Annual report of the Madras Medical College
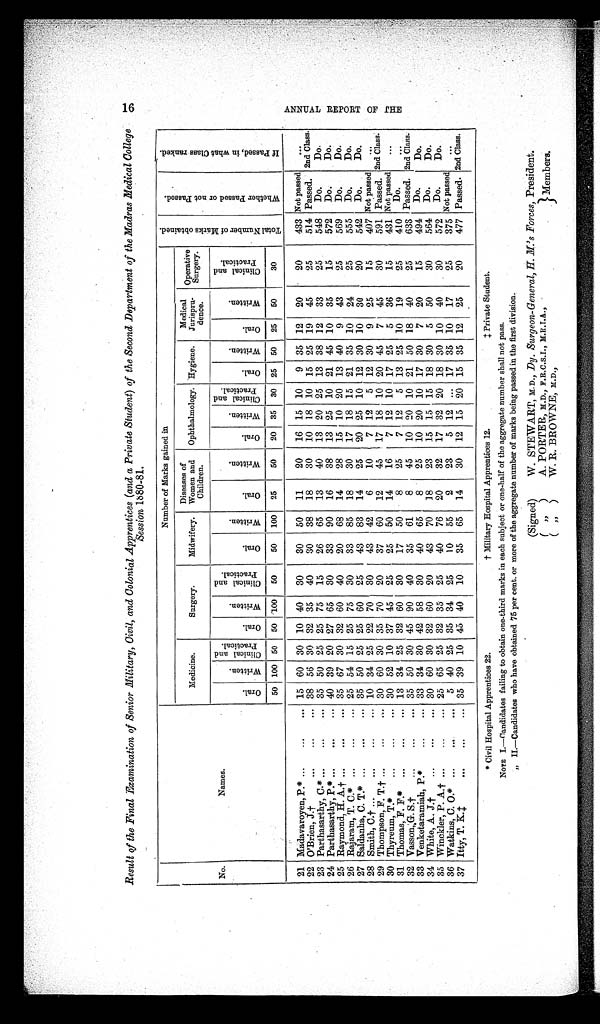
16
A N N U A L R E P O R T O F T H E
Result of the Final Examination of Senior Military, Civil, and Colonial Apprentices (and a Private Student) of the Second Department of the Madras Medical College
Session 1880-81.
Number of Marks gained in
T o t a l N u m b e r o f M a r k s o b t a i n e d .
Wh e t h e r P a s s e d o r n o t P a s s e d .
I f P a s s e d , i n w h a t C l a s s r a n k e d .
Medicine.
Surgery.
Midwifery.
Diseases of
Women and
Children.
Ophthalmology. Hygiene.
Medical
Jurispru-
dence.
Operative Surgery.
No.
Names.
Or al .
Wr i t t e n .
C l i n i c a l a n d P r a c t i c a l .
Oral.
Wr i t t e n .
C l i n i c a l a n d P r a c t i c a l .
Oral.
Wr i t t e n.
Oral.
Wr i t t e n.
Oral.
Wr i t t e n.
C l i n i c a l a n d P r a c t i c a l .
Oral.
Wr i t t e n.
Oral.
Wr i t t e n.
C l i n i c a l a n d P r a c t i c a l .
50 100 50 50 100 50
50 100 25
50
20 35 30 25 50 25
50
30
21 Madavaroyen, P.* ...
...
... 15 60 30 10 40
30
30
50
11
20
16 15 10
9 35 12
20
20
433 Not passed
. . .
22 O'Brien, J.†
...
...
... 38 56 30 32 35
40
30
38
18
30
10 18 10 15 25 19 45
25
514 Passed. 2nd Class.
23 Parthasarthy, C.* ...
...
... 35 50 25 25 75
15
26
65
13
40
13 20 25 13 38 12
33
25
548 Do.
Do.
24 Parthasarthy, P.* ...
...
... 40 39 20 27 65
30
33
90
16
38 13 25 10 21 45 10
35
15
572
Do.
Do.
25 Raymond, H. A.† ...
...
... 35 67 30 32 60
40
20
68
14
28
15 10 20 13 40
9 43
25
569
Do.
Do.
26 Rajaram, T. C.* ...
...
... 25 54 15 25 75
30
33
85
18
30
17 18 15 21 35 10 24
25
555
Do.
Do.
27 Saldanha, C. T.* ...
...
... 35 50 25 25 60
25
43 83
14
25
20 25 10 12 30 10 30
20
542
Do.
Do.
28 Smith, C.† .
. .
...
...
... 10 34 25 22 70
30
43 42
6
10
7 12
5 12 30
9
25
15
407 Not passed
. . .
29 Thompson, F. T.† ...
...
... 30 60 30 35 70
20
37
60
12
45
17 18 10 20 45
7 45
30
591 Passed. 2nd Class.
30 Thyreum, T.*
...
...
... 30 52 10 37 45
25
25
50
14
16
7 12 10 17 25
5
36
15
431 Not passed
. . .
31 Thomas, F. F.* ...
...
... 13 34 25 32 60
30
17
50
8
25
7 12
5 13 25 10
19
25
410
Do.
. . .
32 Vasson, G.S.†
...
...
... 35 50 30 45 90
40
35
61
8
45
10 20 10 21 50 18 40
25
633 Passed. 2nd Class.
33 Venketaramiah, P.
...
... 33 34 30 42 58 30
40
65
8
25
10 20 10 17 30
7 20
15
494 Do.
Do.
34 White, A. J.†
...
...
... 30 60 30 32 60
20
43
70
18
23
15 15 15 18 30
5
50
30
564 Do.
Do.
35 Winckler, P. A.† ...
...
... 25 65 25 32 35
25
40
76 20
32
17 32 20 18 30 10 40
30
572
Do.
Do.
36 Watkins, C. O.* ...
...
... 5 40 25 35 34
25
10
55
2
23
5 12
. . . 17 35 10
17
25
375 Not passed
. . .
37 Itty, T. K. .‡ ... ... ...
35 39 10 45 40
10
35
65
14
30
12 15 20 15 35 12
25
20
477 Passed. 2nd Class.
* Civil Hospital Apprentices 22.
† Military Hospital Apprentices 12. ‡ Private Student.
NOTE I.—Candidates failing to obtain one-third marks in each subject or one-half of the aggregate number shall not pass.
„ II.—Candidates who have obtained 75 per cent. or more of the aggregate number of marks being passed in the first division.
(Signed)
W. STEWART, M.D., Dy. Surgeon-General, H. M.'s Forces, President.
( „ )
A. PORTER, M.D.,
( „ )
W. R. BROWNE, M.D.,
Members.